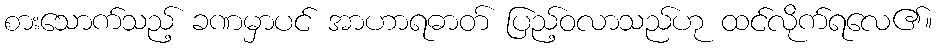
စားသောက်သည့် ခဏမှာပင် အာဟာရဓာတ် ပြည့်ဝလာသည်ဟု ထင်လိုက်ရလေ၏။